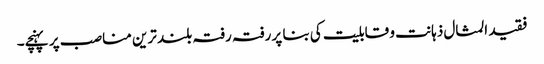
فقید المثال ذہانت و قابلیت کی بنا پر رفتہ رفتہ بلند ترین مناصب پر پہنچے۔